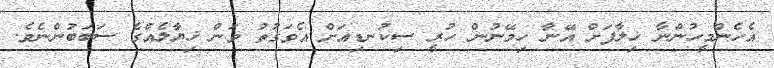
އެހެންމީހުންނާ ޚިލާފަށް އޭނާ ހިމޭނުން ހުރީ ސިކުނޑިއަށް އެވަގުތު ވަން ޚިޔާލެއްގެ ސަބަބުންނެވެ.